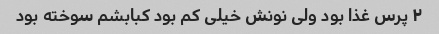
۲ پرس غذا بود ولی نونش خیلی کم بود کبابشم سوخته بود